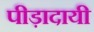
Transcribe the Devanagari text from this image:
पीड़ादायी